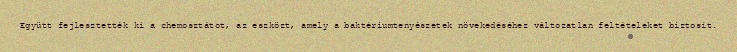
Együtt fejlesztették ki a chemosztátot, az eszközt, amely a baktériumtenyészetek növekedéséhez változatlan feltételeket biztosít.